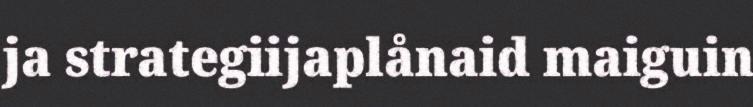
ja strategiijaplånaid maiguin